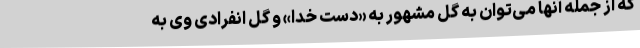
که از جمله آنها می‌توان به گل مشهور به «دست خدا» و گل انفرادی وی به